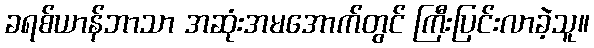
ခရစ်ယာန်ဘာသာ အဆုံးအမအောက်တွင် ကြီးပြင်းလာခဲ့သူ။